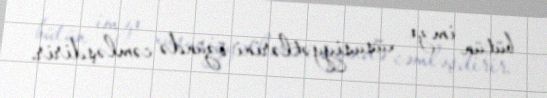
bütün imza xüsusiyyətlərini özündə cəmləşdirir.